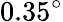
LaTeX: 0.35^{\circ}